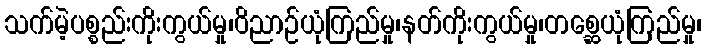
သက်မဲ့ပစ္စည်းကိုးကွယ်မှု၊ဝိညာဉ်ယုံကြည်မှု၊နတ်ကိုးကွယ်မှု၊တစ္ဆေယုံကြည်မှု၊